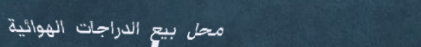
محل بيع الدراجات الهوائية